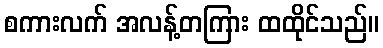
စကားလက် အလန့်တကြား ထထိုင်သည်။